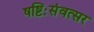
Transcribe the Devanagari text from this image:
षष्टिःसंवत्सर